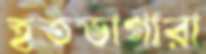
হতভাগারা